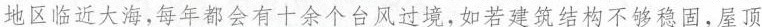
地区临近大海，每年都会有十余个台风过境，如若建筑结构不够稳固，屋顶